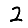
Digit: 2